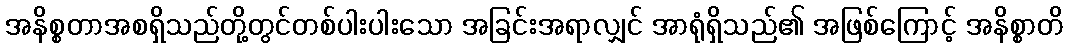
အနိစ္စတာအစရှိသည်တို့တွင်တစ်ပါးပါးသော အခြင်းအရာလျှင် အာရုံရှိသည်၏ အဖြစ်ကြောင့် အနိစ္စာတိ